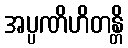
အပ္ပဏိဟိတန္တိ